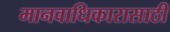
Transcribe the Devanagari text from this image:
मानवाधिकारासाठी